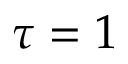
\tau = 1